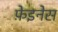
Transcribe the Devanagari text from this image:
फ़ेइनेस